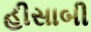
હીસાબી